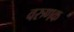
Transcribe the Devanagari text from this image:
वरुणक